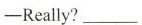
-Really?___